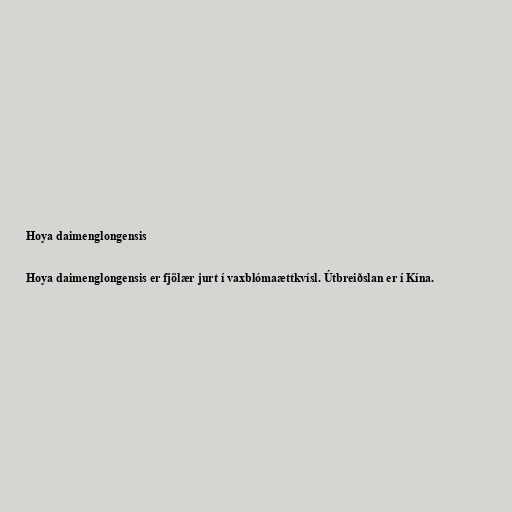
Hoya daimenglongensis

Hoya daimenglongensis er fjölær jurt í vaxblómaættkvísl. Útbreiðslan er í Kína.